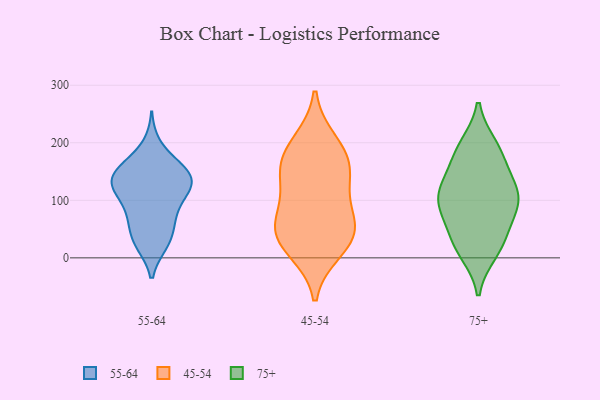
{"axis": {"x": "Population (Million)", "y": "Value"}, "legend": ["45-54", "55-64", "75+"], "data": [{"x": "", "y": 106, "type": "55-64"}, {"x": "", "y": 57, "type": "55-64"}, {"x": "", "y": 56, "type": "55-64"}, {"x": "", "y": 80, "type": "55-64"}, {"x": "", "y": 104, "type": "55-64"}, {"x": "", "y": 147, "type": "55-64"}, {"x": "", "y": 75, "type": "55-64"}, {"x": "", "y": 26, "type": "55-64"}, {"x": "", "y": 127, "type": "55-64"}, {"x": "", "y": 153, "type": "55-64"}, {"x": "", "y": 122, "type": "55-64"}, {"x": "", "y": 141, "type": "55-64"}, {"x": "", "y": 141, "type": "55-64"}, {"x": "", "y": 196, "type": "55-64"}, {"x": "", "y": 127, "type": "55-64"}, {"x": "", "y": 125, "type": "55-64"}, {"x": "", "y": 25, "type": "55-64"}, {"x": "", "y": 161, "type": "55-64"}, {"x": "", "y": 24, "type": "55-64"}, {"x": "", "y": 159, "type": "55-64"}, {"x": "", "y": 15, "type": "45-54"}, {"x": "", "y": 178, "type": "45-54"}, {"x": "", "y": 157, "type": "45-54"}, {"x": "", "y": 35, "type": "45-54"}, {"x": "", "y": 41, "type": "45-54"}, {"x": "", "y": 64, "type": "45-54"}, {"x": "", "y": 59, "type": "45-54"}, {"x": "", "y": 200, "type": "45-54"}, {"x": "", "y": 149, "type": "45-54"}, {"x": "", "y": 116, "type": "45-54"}, {"x": "", "y": 108, "type": "75+"}, {"x": "", "y": 177, "type": "75+"}, {"x": "", "y": 86, "type": "75+"}, {"x": "", "y": 105, "type": "75+"}, {"x": "", "y": 52, "type": "75+"}, {"x": "", "y": 188, "type": "75+"}, {"x": "", "y": 28, "type": "75+"}, {"x": "", "y": 103, "type": "75+"}, {"x": "", "y": 194, "type": "75+"}, {"x": "", "y": 10, "type": "75+"}, {"x": "", "y": 142, "type": "75+"}, {"x": "", "y": 88, "type": "75+"}, {"x": "", "y": 21, "type": "75+"}, {"x": "", "y": 125, "type": "75+"}]}